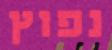
נפוץ